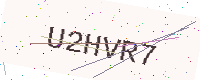
Text: U2HVR7